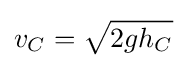
v_{C}={\sqrt {2gh_{C}}}